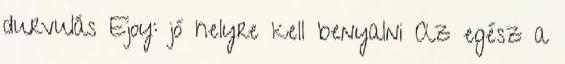
durvulás Ejoy: jó helyre kell benyalni Az egész a